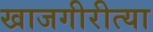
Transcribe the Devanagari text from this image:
खाजगीरीत्या